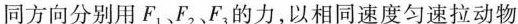
同方向分别用F_{1}、F_{2}、F_{3}的力，以相同速度匀速拉动物